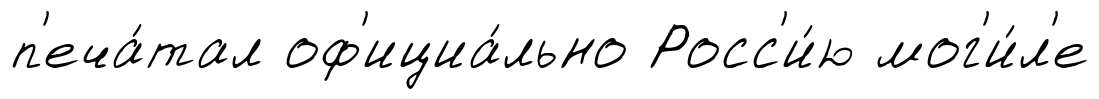
п'еча́тал оф'ициа́льно Росс'и́ю мог'и́л'е